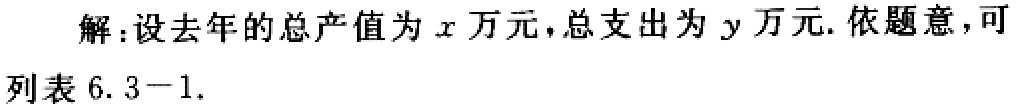
解：设去年的总产值为\(x\)万元，总支出为\(y\)万元. 依题意，可列表 \(6.3 - 1\).